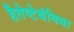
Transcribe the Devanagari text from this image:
हैतेष्टेबंविधा